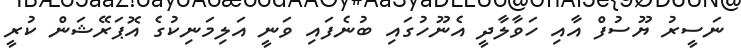
ނަސީރު ޔޫސުފް އާއި ހަވާލާދީ އެނޫހުގައި ބުނެފައި ވަނީ އަލިމަނިކުގެ އޮޕަރޭޝަން ކުރީ